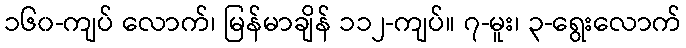
၁၆၀-ကျပ် လောက်၊ မြန်မာချိန် ၁၁၂-ကျပ်။ ၇-မူး၊ ၃-ရွေးလောက်